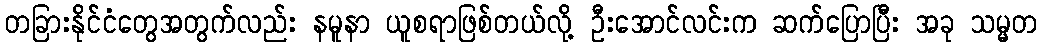
တခြားနိုင်ငံတွေအတွက်လည်း နမူနာ ယူစရာဖြစ်တယ်လို့ ဦးအောင်လင်းက ဆက်ပြောပြီး အခု သမ္မတ